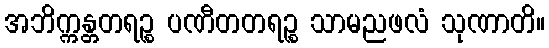
အဘိက္ကန္တတရဉ္စ ပဏီတတရဉ္စ သာမညဖလံ သုဏာတိ။